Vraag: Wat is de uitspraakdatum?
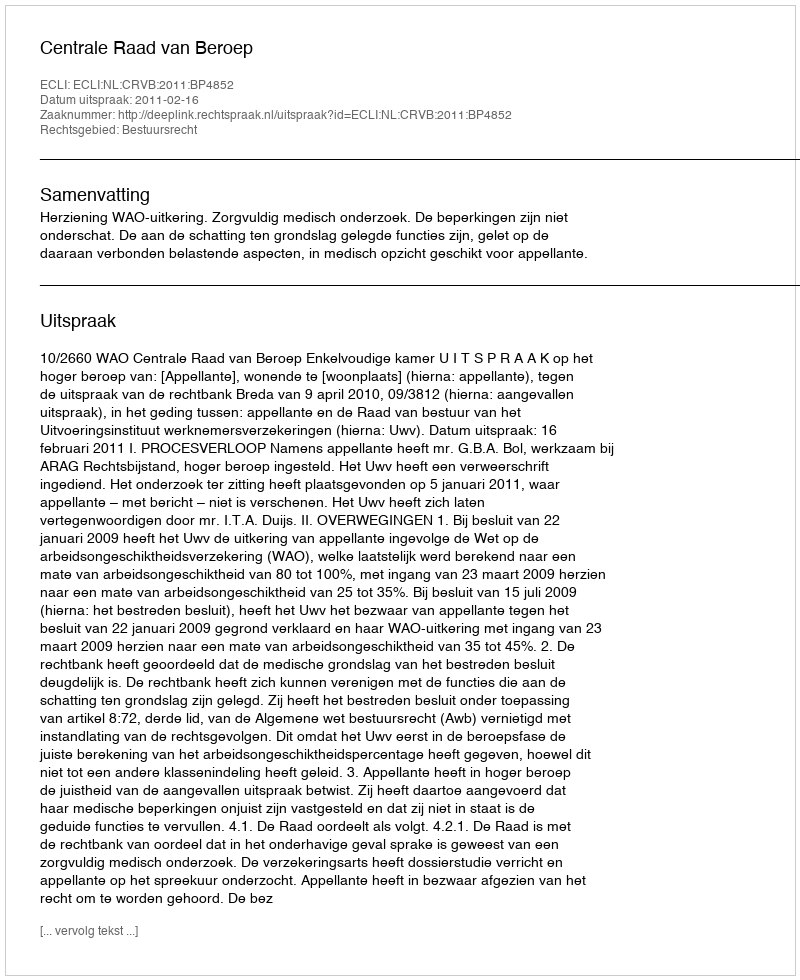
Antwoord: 2011-02-16